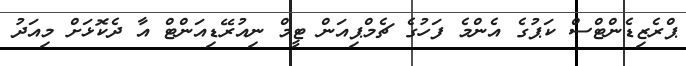
ޕްރެޒިޑެންޓްސް ކަޕުގެ އެންމެ ފަހުގެ ޗެމްޕިއަން ޓީމް ނިއުރޭޑިއަންޓް އާ ދެކޮޅަށް މިއަދު